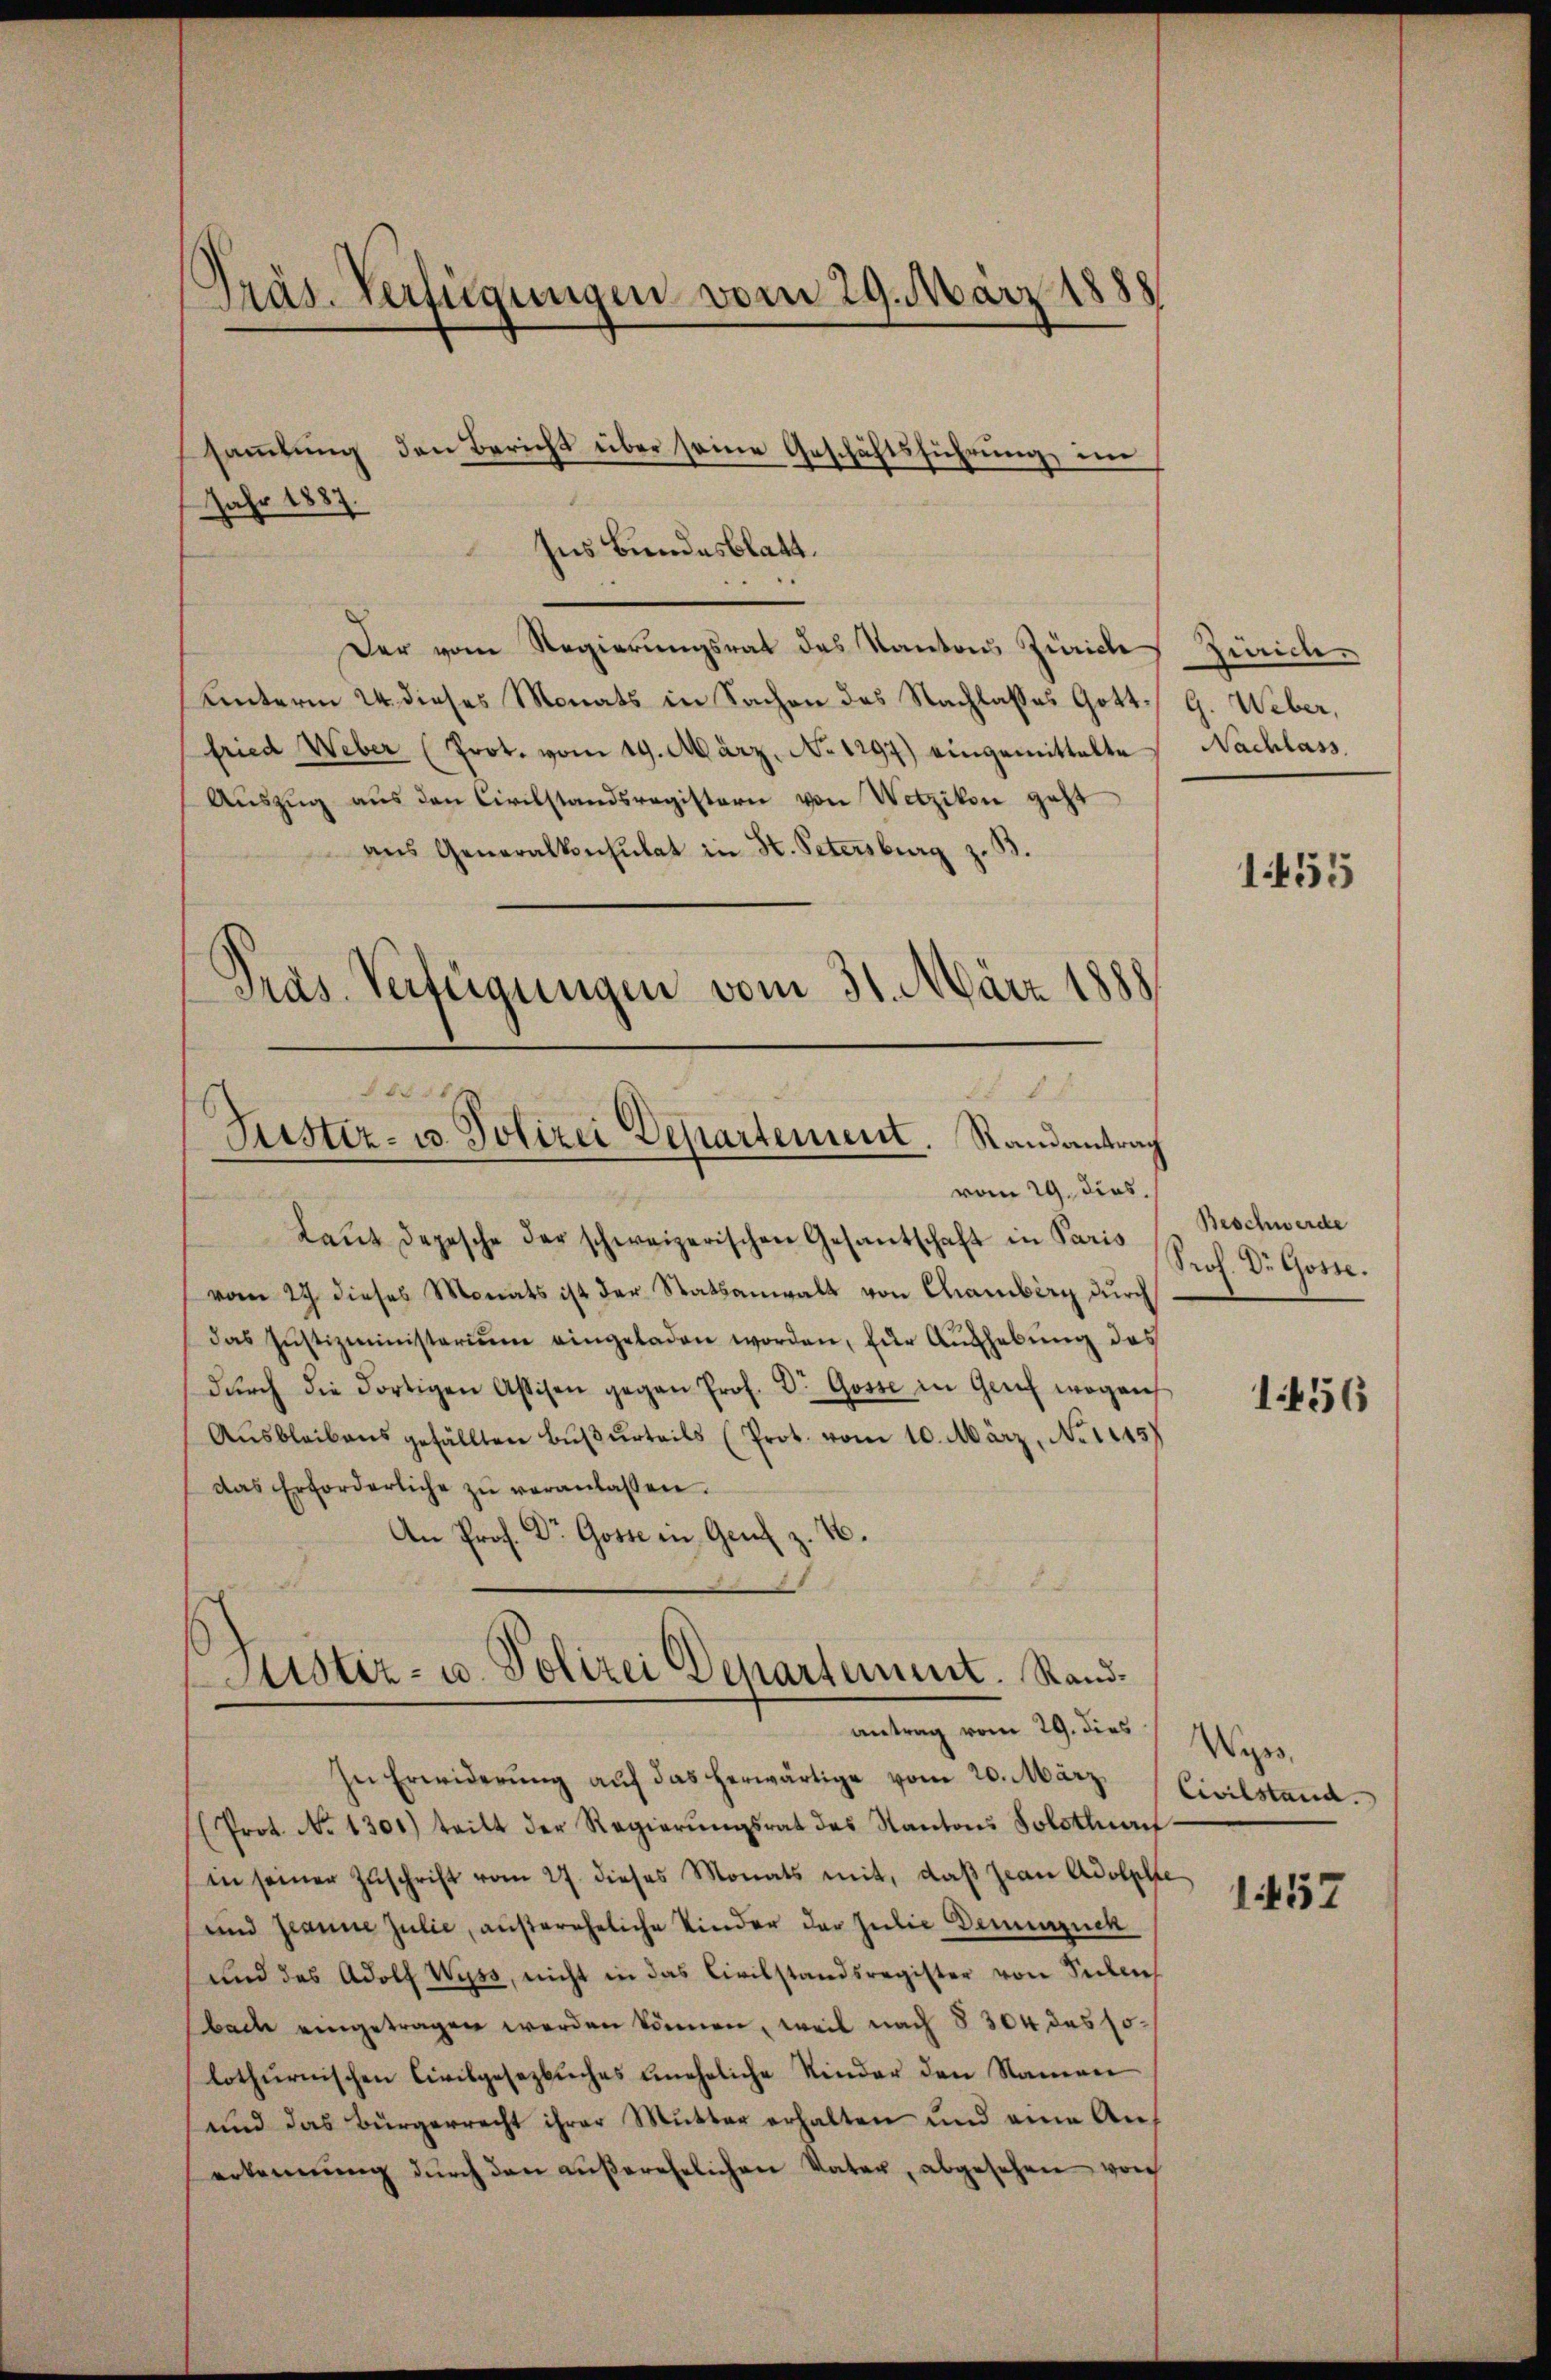
Präs. Verfügungen vom 29. März 1888

saṁlŭng den Bericht über seine Geschäftsführung im
Jahr 1887.
Ins Bundesblatt.
Der vom Regierungsrat des Kantons Zürich Zürich¬
Unterm 24. dieses Monats in Sachen des Nachlasses Gott. G. Weber,
fried Weber (Prot. vom 19. März. No 1297) eingemittelte Nachlass.
Auszug aus den Civilstandsregistern von Wetzikon geht
ans Generalkonsulat in St. Petersburg z.
Laŭt depesche der schweizerischen Gesantschaft in der Prof. Dr. Gotte.
vom 27 dieses Monats ist der Statsanwalt von Chamberg durch
das Justizministerium eingeladen worden, für Aŭfhebŭng des
dŭrch die dortigen Assisen gegen Prof. Dr. Gosse in Genf wogen
Ausbleibens gefällten Bußurteils (Prot. vom 10. März, No 1145)
das Erforderliche zŭ veranlassen.
An Prof. Dr Gotte in Genf z. B.
Justiz- u. Polizei Departement. Randantrag vom 29. dies
In Erwiderŭng auf das herwärtige vom 20. März
(Prot. No 1301) teilt der Regierungsrat des Kantons Solothur
(in seiner Zuschrift vom 27. dieses Monats mit, daß Jean Adolph
und Jeanne Julie, außereheliche Kinder der Julie Demenzuck
und das Adolf Wyss, nicht in das Civilstandsregister von Sellich
bache eingetragen werden können, weil nach § 304 das solothurnischen Civilgesezbŭches uneheliche Kinder den Namen
und das Bürgerrecht ihrer Mutter erhalten und eine Anerkennung dŭrch den aŭβerehelichen Vater, abgesehen vorh

Pras. Verfügungen vom 31. März 1888
6

Justiz- u. Polizei Departement. Randantrag
vom 29. dies

1455

Beschwerde
1456

Wyss.
Civilstand.

14157